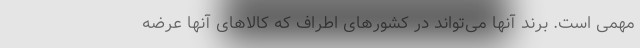
مهمی است. برند آنها می‌تواند در کشورهای اطراف که کالاهای آنها عرضه